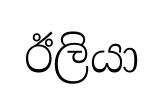
ඊලියා